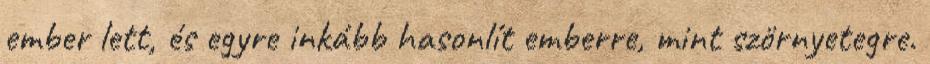
ember lett, és egyre inkább hasonlít emberre, mint szörnyetegre.